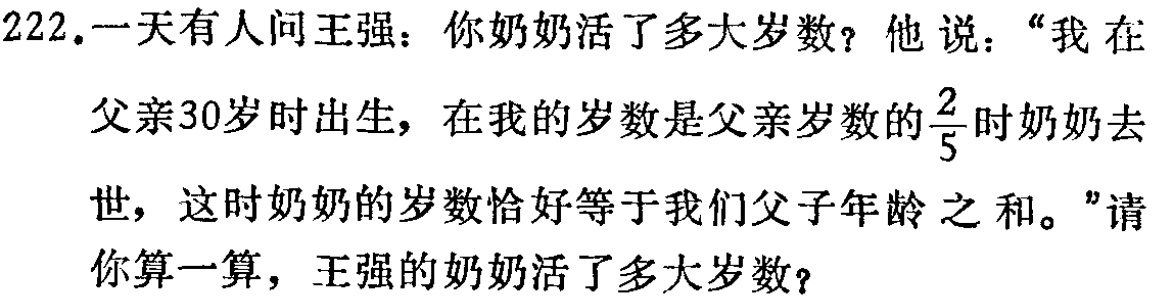
222.一天有人问王强：你奶奶活了多大岁数？他说：“我在父亲30岁时出生，在我的岁数是父亲岁数的$\frac{2}{5}$时奶奶去世，这时奶奶的岁数恰好等于我们父子年龄 之和。”请你算一算，王强的奶奶活了多大岁数？